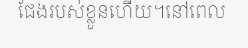
ជែងរបស់ខ្លួនហើយ។នៅពេល